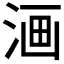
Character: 𣶩